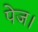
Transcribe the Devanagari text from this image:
पेज।